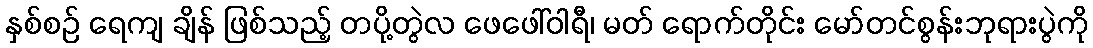
နှစ်စဉ် ရေကျ ချိန် ဖြစ်သည့် တပို့တွဲလ ဖေဖေါ်ဝါရီ၊ မတ် ရောက်တိုင်း မော်တင်စွန်းဘုရားပွဲကို